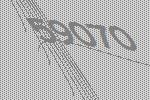
59070